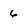
Character: 6